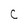
Character: C